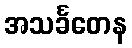
အသင်္ခတေန